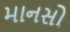
માનસો